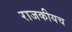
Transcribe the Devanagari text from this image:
राजकीयच